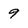
Character: 9